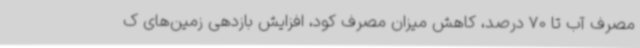
مصرف آب تا 70 درصد، کاهش میزان مصرف کود، افزایش بازدهی زمین‌های ک